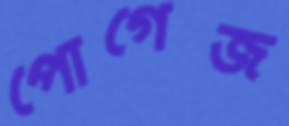
পোগেজ